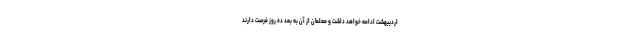
اردیبهشت ادامه خواهد داشت و معلمان از آن به بعد ده روز فرصت دارند